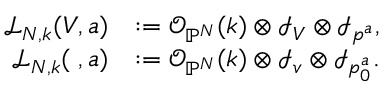
\begin{array} { r l } { \mathcal { L } _ { N , k } ( V , a ) } & { : = \mathcal { O } _ { { \mathbb P } ^ { N } } ( k ) \otimes \mathcal { I } _ { V } \otimes \mathcal { I } _ { p ^ { a } } , } \\ { \mathcal { L } _ { N , k } ( { \bf \Pi } , a ) } & { : = \mathcal { O } _ { { \mathbb P } ^ { N } } ( k ) \otimes \mathcal { I } _ { v } \otimes \mathcal { I } _ { p _ { 0 } ^ { a } } . } \end{array}